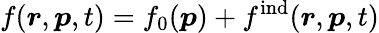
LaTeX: f(\boldsymbol{r},\boldsymbol{p},t)=f_{0}(\boldsymbol{p})+f^{\mathrm{ind}}(\boldsymbol{r},\boldsymbol{p},t)